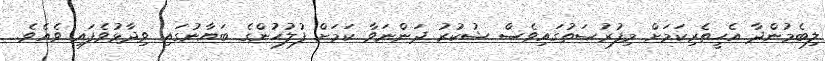
ލިބެމުންދާ އެހީތެރިކަމަށް މިފުރުޞަތުގައިވެސް ޝުކުރު ދަންނަވާ ކަމަށް ފުލުހުންގެ ބަޔާނުގައި ވިދާޅުވެފައި ވެއެވެ.